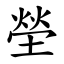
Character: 塋